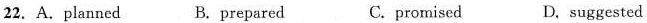
22. A.planned B. prepared C. promised D.suggested